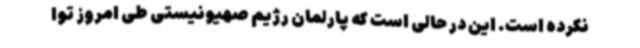
نکرده است. این در حالی است که پارلمان رژیم صهیونیستی طی امروز توا